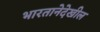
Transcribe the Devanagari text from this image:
भारतानेदेखील